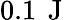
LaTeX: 0.1\, \mathrm{~J~}